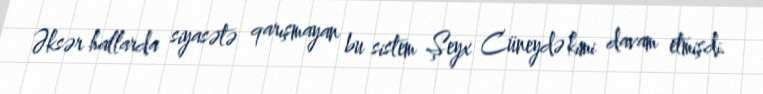
Əksər hallarda siyasətə qarışmayan bu sistem Şeyx Cüneydə kimi davam etmişdi.